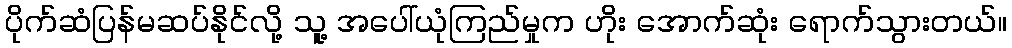
ပိုက်ဆံပြန်မဆပ်နိုင်လို့ သူ့ အပေါ်ယုံကြည်မှုက ဟိုး အောက်ဆုံး ရောက်သွားတယ်။